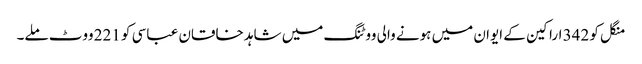
منگل کو 342 اراکین کے ایوان میں ہونے والی ووٹنگ میں شاہد خاقان عباسی کو 221 ووٹ ملے۔